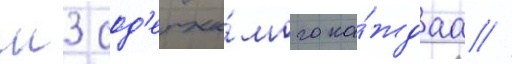
м3 сод'ержи́мого ка́ждаа //